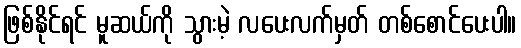
ဖြစ်နိုင်ရင် မူဆယ်ကို သွားမဲ့ လပေးလက်မှတ် တစ်စောင်ပေးပါ။